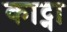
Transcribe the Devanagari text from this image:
काट्ना